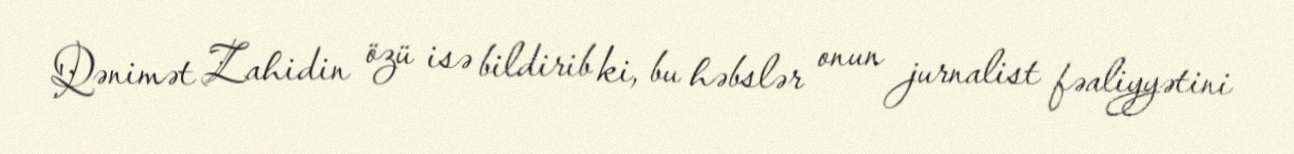
Qənimət Zahidin özü isə bildirib ki, bu həbslər onun jurnalist fəaliyyətini